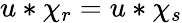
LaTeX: u*\chi_{r}=u*\chi_{s}